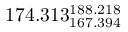
1 7 4 . 3 1 3 _ { 1 6 7 . 3 9 4 } ^ { 1 8 8 . 2 1 8 }